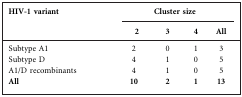
| HIV-1 variant | <COLSPAN=4> Cluster size |
 | 2 | 3 | 4 | All |
 | --- | --- | --- | --- | --- |
 | Subtype A1 | 2 | 0 | 1 | 3 |
 | Subtype D | 4 | 1 | 0 | 5 |
 | A1/D recombinants | 4 | 1 | 0 | 5 |
 | All | 10 | 2 | 1 | 13 |